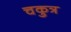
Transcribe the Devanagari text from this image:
चकुत्र